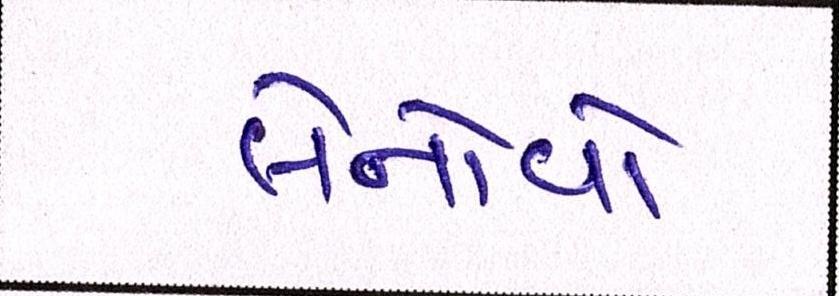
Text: લેનોવો